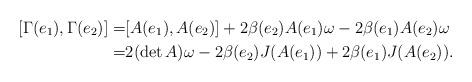
LaTeX: \begin{align*}[\Gamma(e_1),\Gamma(e_2)]=&[A(e_1),A(e_2)] + 2 \beta(e_2)A(e_1)\omega -2 \beta(e_1)A(e_2)\omega\\=&2(\det A)\omega-2\beta(e_2)J(A(e_1))+2\beta(e_1)J(A(e_2)). \end{align*}